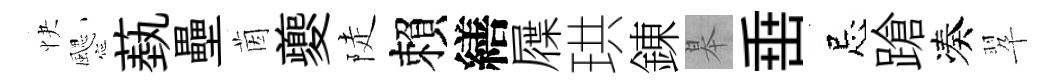
快颸蓺壘茵夔陡賴繕屧珙錬皋𡸁忌蹌凑翆